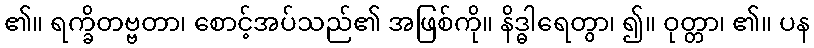
၏။ ရက္ခိတဗ္ဗတာ၊ စောင့်အပ်သည်၏ အဖြစ်ကို။ နိဒ္ဓါရေတွာ၊ ၍။ ဝုတ္တာ၊ ၏။ ပန